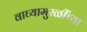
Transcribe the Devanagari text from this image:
वाघ्यामुरळींच्या